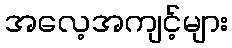
အလေ့အကျင့်များ